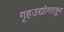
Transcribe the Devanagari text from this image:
गृहउद्योगातून